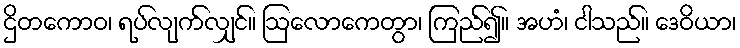
ဌိတကောဝ၊ ရပ်လျက်လျှင်။ ဩလောကေတွာ၊ ကြည်၍။ အဟံ၊ ငါသည်။ ဒေဝိယာ၊